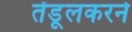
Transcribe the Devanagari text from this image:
तेंडूलकरने